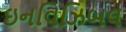
ઇનવિઝિબલ